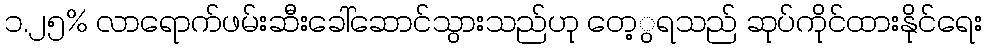
၁.၂၅% လာရောက်ဖမ်းဆီးခေါ်ဆောင်သွားသည်ဟု တေ့ွရသည် ဆုပ်ကိုင်ထားနိုင်ရေး